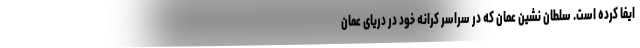
ایفا کرده است. سلطان نشین عمان که در سراسر کرانه خود در دریای عمان